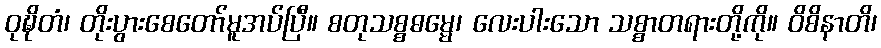
ဝုဍ္ဎိတံ၊ တိုးပွားစေတော်မူအပ်ပြီ။ စတုသစ္စဓမ္မေ၊ လေးပါးသော သစ္စာတရားတို့ကို။ ဝိစိနာတိ၊